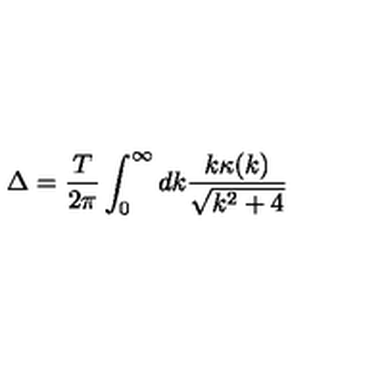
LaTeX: \Delta = \frac { T } { 2 \pi } \int _ { 0 } ^ { \infty } d k \frac { k \kappa ( k ) } { \sqrt { k ^ { 2 } + 4 } }